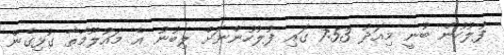
ފުލުހުން ބުނީ މިއަދު 7:53 ގައި ފުލުހުންނަށް ލިބުނު އެ މައުލޫމާތާ ގުޅިގެން